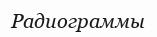
Радиограммы